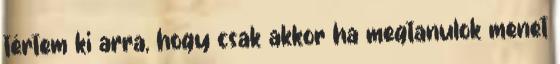
tértem ki arra, hogy csak akkor ha megtanulok menet